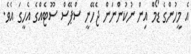
އެ މީހުންގެ ޑޯމް އިން ނުކުންނަން ޖެހޭނީ ސްޕޭސް ސޫޓެއްގެ އެހީގަ އެވެ.